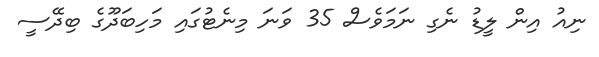
ނިއު އިން ލީޑު ނެގި ނަމަވެސް 35 ވަނަ މިނެޓުގައި މަހިބަދޫގެ ބިދޭސީ